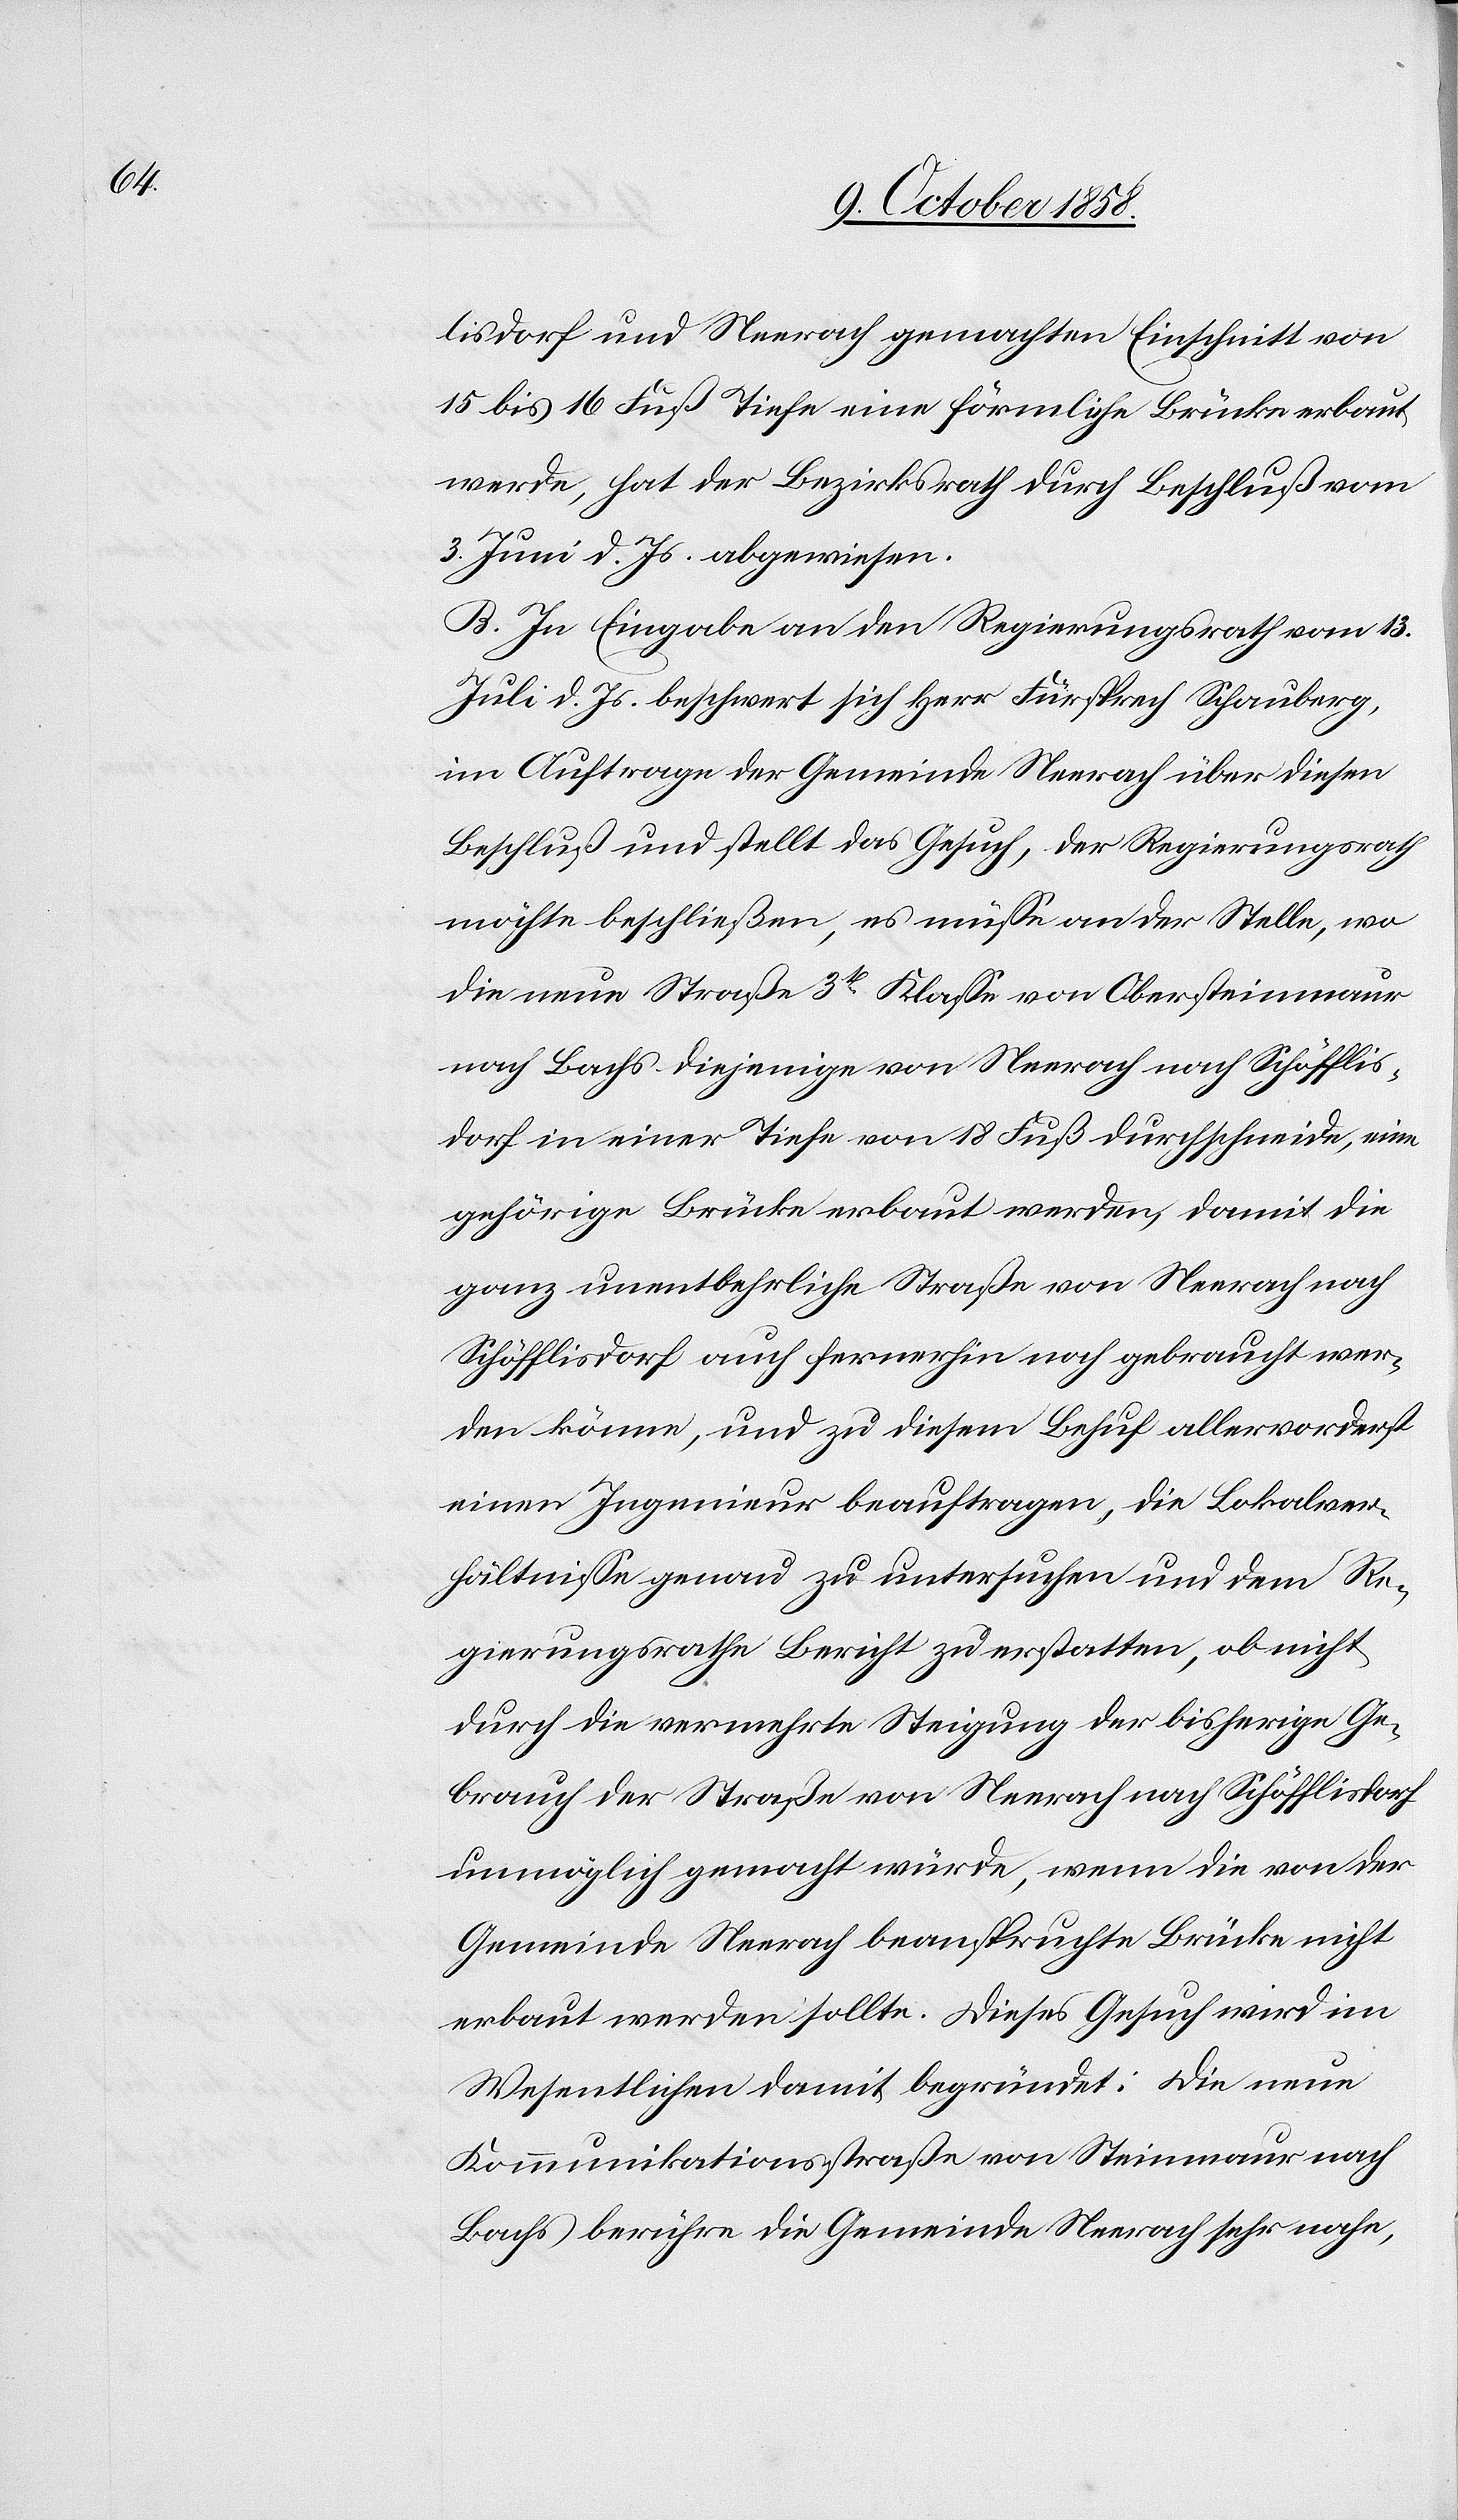
lisdorf und Neerach gemachten Einschnitt von
15 bis 16 Fuß Tiefe eine förmliche Brücke erbaut
werde, hat der Bezirksrath durch Beschluß vom
3. Juni d. Js. abgewiesen.
B. In Eingabe an den Regierungsrath vom 13.
Juli d. Js. beschwert sich Herr Fürsprech Schauberg,
im Auftrage der Gemeinde Neerach über diesen
Beschluß und stellt das Gesuch, der Regierungsrath
möchte beschließen, es müsse an der Stelle, wo
die neue Straße 3t Klasse von Obersteinmaur
nach Bachs diejenige von Neerach nach Schöfflis¬
dorf in einer Tiefe von 18 Fuß durchschneide, eine
gehörige Brücke erbaut werden, damit die
ganz unentbehrliche Straße von Neerach nach
Schöfflisdorf auch fernerhin noch gebraucht wer¬
den könne, und zu diesem Behuf allervorderst
einen Ingenieur beauftragen, die Lokalver¬
hältnisse genau zu untersuchen und dem Re¬
gierungsrathe Bericht zu erstatten, ob nicht
durch die vermehrte Steigung der bisherige Ge¬
brauch der Straße von Neerach nach Schöfflisdorf
unmöglich gemacht würde, wenn die von der
Gemeinde Neerach beanspruchte Brücke nicht
erbaut werden sollte. Dieses Gesuch wird im
Wesentlichen damit begründet: Die neue
Kommunikationsstraße von Steinmaur nach
Bachs berühre die Gemeinde Neerach sehr nahe,